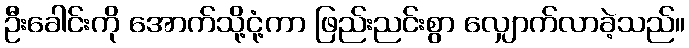
ဦးခေါင်းကို အောက်သို့ငုံ့ကာ ဖြည်းညင်းစွာ လျှောက်လာခဲ့သည်။